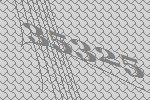
35325